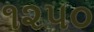
૧૨૫૦